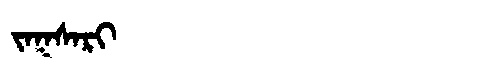
Manchu: ᠵᠠᡴᠰᠠᡵᡳ
Romanization: JAKSARI